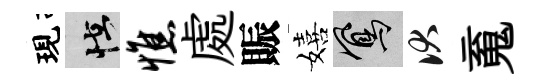
現怪憔處賑嬉鳳伏䰟